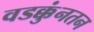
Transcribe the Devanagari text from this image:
वडक्कुंनतन